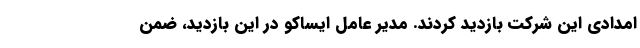
امدادی این شرکت بازدید کردند. مدیر عامل ایساکو در این بازدید، ضمن